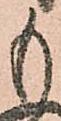
も